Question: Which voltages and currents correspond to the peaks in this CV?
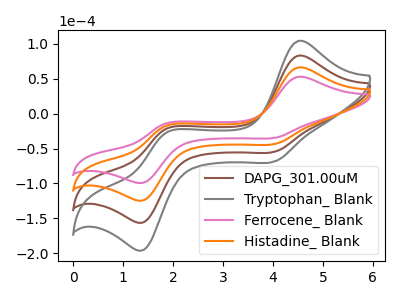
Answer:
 <answer>The brown curve "DAPG_301.00uM" has anodic peaks at (4.55V, 132.65uA) (1.85V, -34.65uA) and cathodic peaks at (4.05V, -86.65uA) (1.40V, -247.80uA). The gray curve "Tryptophan_ Blank" has anodic peaks at (4.55V, 199.00uA) (1.85V, -51.95uA) and cathodic peaks at (4.05V, -130.00uA) (1.40V, -371.70uA). The pink curve "Ferrocene_ Blank" has anodic peaks at (4.55V, 52.90uA) (1.85V, -13.80uA) and cathodic peaks at (4.05V, -34.55uA) (1.40V, -98.75uA). The orange curve "Histadine_ Blank" has anodic peaks at (4.55V, 66.35uA) (1.85V, -17.30uA) and cathodic peaks at (4.05V, -43.35uA) (1.40V, -123.90uA).</answer>
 <eval></eval>